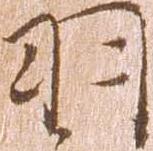
羽